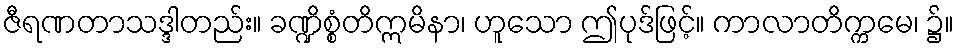
ဇီရဏတာသဒ္ဒါတည်း။ ခဏ္ဍိစ္စံတိဣမိနာ၊ ဟူသော ဤပုဒ်ဖြင့်။ ကာလာတိက္ကမေ၊ ၌။